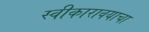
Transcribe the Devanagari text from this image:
स्वीकारावयाचा